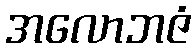
အလောဘဇံ